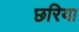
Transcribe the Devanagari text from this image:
छरिया